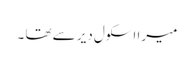
میرا اسکول دیر سے تھا ۔